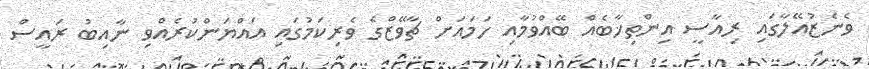
ވެނެޒުއޭލާގައި ރިއާސީ އިންތިޚާބެއް ބޭއްވުމާއި ހަމައަށް ޗާވޭޒްގެ ވެރިކަމުގައި އައްޔަންކުރެއްވި ނާއިބު ރައީސް